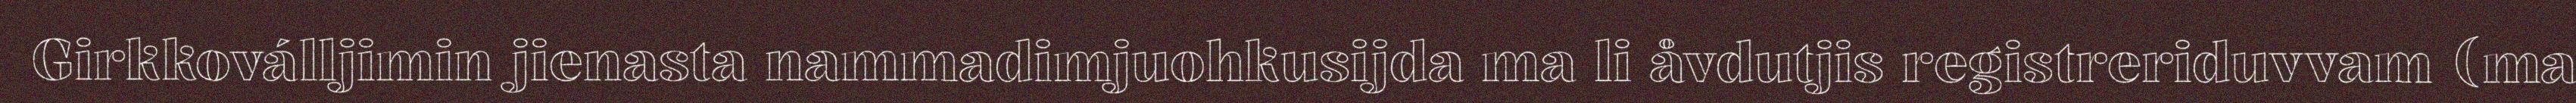
Girkkoválljimin jienasta nammadimjuohkusijda ma li åvdutjis registreriduvvam (ma